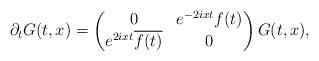
LaTeX: \begin{align*} \partial_tG (t, x) = \begin{pmatrix} 0 & e^{-2ixt}f(t) \\ e^{2ixt} \overline{f(t)} & 0 \\ \end{pmatrix} G(t,x),\end{align*}